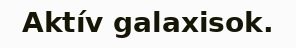
Aktív galaxisok.